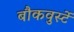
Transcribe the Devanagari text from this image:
बौकवुर्स्टे